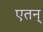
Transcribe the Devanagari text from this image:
एतन्‌